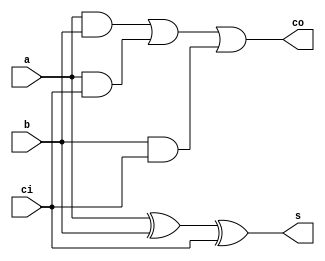
module sum1b (
	input wire a, b, ci,
	output wire s, co
	);
	
	assign s = a ^ b ^ ci;
	assign co = (a & b) | (a & ci) | (b & ci);

endmodule